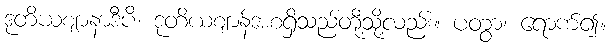
ဒုတိယဈာနာဒီပိ၊ ဒုတိယဈာန်အစရှိသည်တို့သို့လည်း။ ပတွာ၊ ရောက်၍။